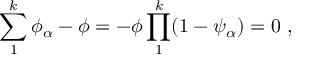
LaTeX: \sum _ { 1 } ^ { k } \phi _ { \alpha } - \phi = - \phi \prod _ { 1 } ^ { k } ( 1 - \psi _ { \alpha } ) = 0 \, \, ,